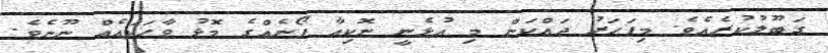
ގަބޫލުކުރެއެވެ. މިފަހަރު ދައްކަން މި އުޅެނީ ނޮކިއާ ފޯނެއްގެ މޮޅު ވާހަކައެއް ނޫނެވެ.